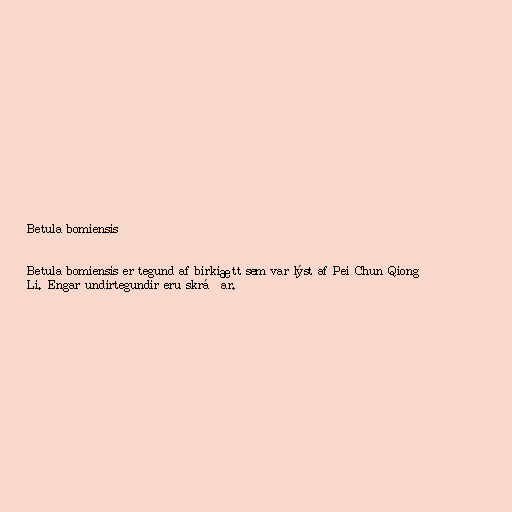
Betula bomiensis

Betula bomiensis er tegund af birkiætt sem var lýst af Pei Chun Qiong
Li. Engar undirtegundir eru skráðar.